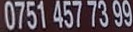
0751 457 73 99